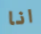
انا